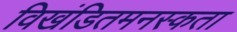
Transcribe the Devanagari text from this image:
विखंडितमनस्कता